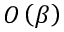
O \left( \beta \right)